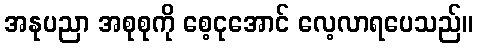
အနုပညာ အစုစုကို စေ့ငုအောင် လေ့လာရပေသည်။